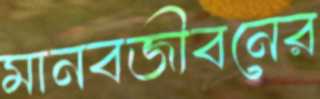
মানবজীবনের